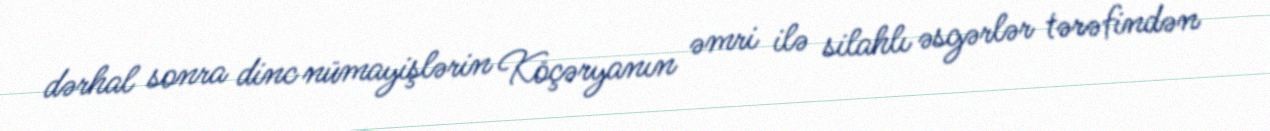
dərhal sonra dinc nümayişlərin Köçəryanın əmri ilə silahlı əsgərlər tərəfindən